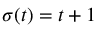
\sigma ( t ) = t + 1